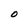
Character: 0